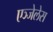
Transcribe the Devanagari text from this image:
एञ्जेलेस